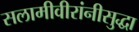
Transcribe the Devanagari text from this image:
सलामीवीरांनीसुद्धा